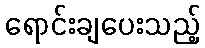
ရောင်းချပေးသည့်